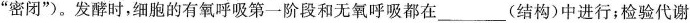
”密闭”)。发酵时，细胞的有氧呼吸第一阶段和无氧呼吸都在___(结构)中进行；检验代谢